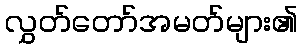
လွှတ်တော်အမတ်များ၏